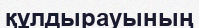
құлдырауының